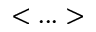
< . . . >